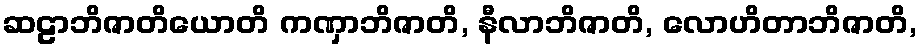
ဆဠာဘိဇာတိယောတိ ကဏှာဘိဇာတိ, နီလာဘိဇာတိ, လောဟိတာဘိဇာတိ,